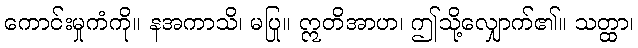
ကောင်းမှုကံကို။ နအကာသိ၊ မပြု။ ဣတိအာဟ၊ ဤသို့လျှောက်၏။ သတ္ထာ၊